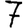
Digit: 7